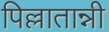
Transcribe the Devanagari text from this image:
पिल्लातान्नी